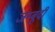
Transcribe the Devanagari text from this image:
जम्बूदी